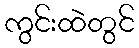
ကွင်းထဲတွင်